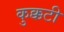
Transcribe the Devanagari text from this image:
कुक्कटी